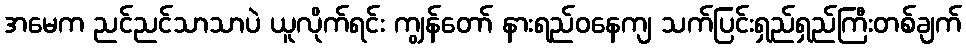
အမေက ညင်ညင်သာသာပဲ ယူလိုက်ရင်း ကျွန်တော် နားရည်ဝနေကျ သက်ပြင်းရှည်ရှည်ကြီးတစ်ချက်